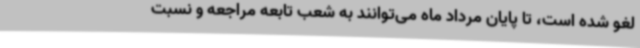
لغو شده است، تا پایان مرداد ماه می‌توانند به شعب تابعه مراجعه و نسبت